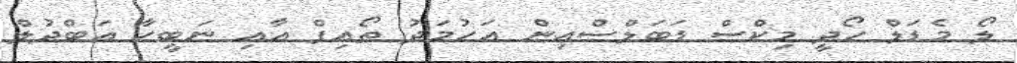
ލޯ މެޑަލް ހޯދީ މިކްސް ޑަބަލްސްއިން އަހުމަދު ތޯއިފް އާއި ނަބީހާ އަބްދުލް